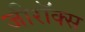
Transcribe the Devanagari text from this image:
जीराॅक्स